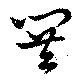
閧